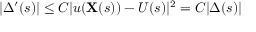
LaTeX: | \Delta ^ { \prime } ( s ) | \leq C | u ( \mathbf { X } ( s ) ) - U ( s ) | ^ { 2 } = C | \Delta ( s ) |